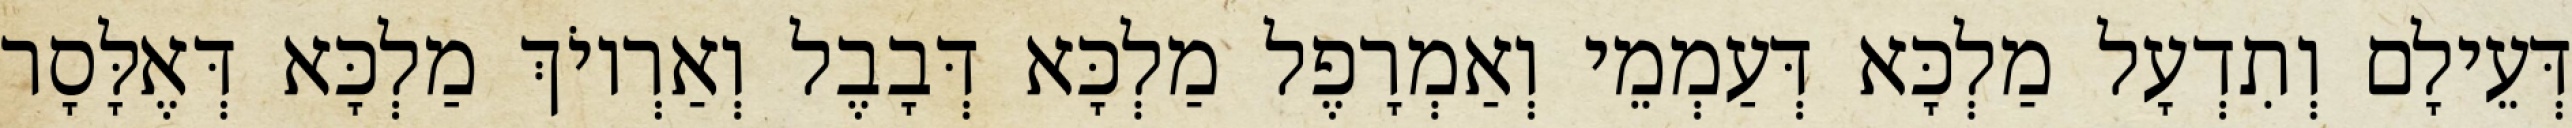
דְּעֵילָם וְתִדְעָל מַלְכָּא דְּעַמְמֵי וְאַמְרָפֶל מַלְכָּא דְּבָבֶל וְאַרְיוֹךְ מַלְכָּא דְּאֶלָּסָר